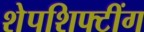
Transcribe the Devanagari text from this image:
शेपशिफ्टींग